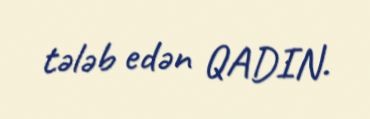
tələb edən QADIN.